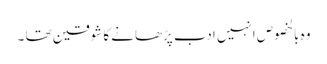
وہ بالخصوص انہیں ادب پڑھانے کا شوقین تھا ۔